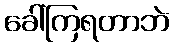
ခေါ်ကြရတာဘဲ